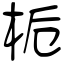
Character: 栀